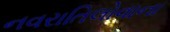
નવરાતિલોવાના